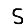
Digit: 5